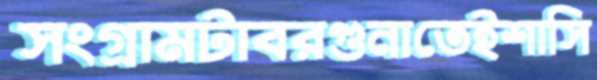
সংগ্রামটাবরগুনাতেইশাসি